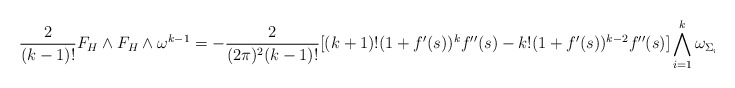
\begin{align*}\frac{2}{(k-1)!}F_{H}\wedge F_{H}\wedge \omega^{k-1}=-\frac{2}{(2\pi)^{2}(k-1)!}[(k+1)!(1+f'(s))^{k}f''(s)-k!(1+f'(s))^{k-2}f''(s)]\bigwedge_{i=1}^{k}\omega_{\Sigma_{i}}\wedge\frac{\sqrt{-1}dw\wedge d\bar{w}}{\lvert w\rvert^{2}}\end{align*}